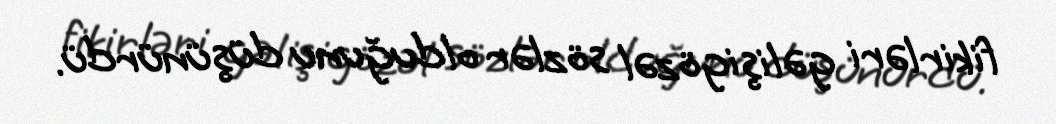
fikirləri gəlişigözəl sözlər olduğunu düşünürdü.